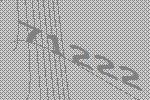
71222